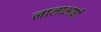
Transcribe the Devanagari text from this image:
नानाभाषी